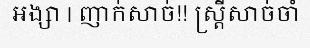
អង្សា | ញាក់សាច់!! ស្ត្រីសាច់ចាំ